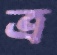
ত্র